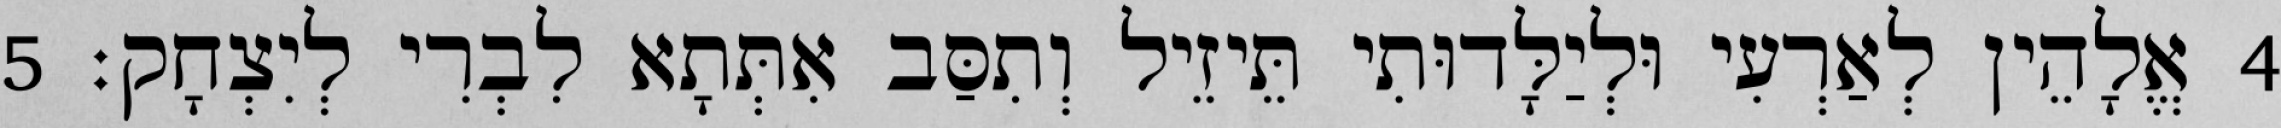
4 אֱלָהֵין לְאַרְעִי וּלְיַלָּדוּתִי תֵּיזֵיל וְתִסַּב אִתְּתָא לִבְרִי לְיִצְחָק׃ 5